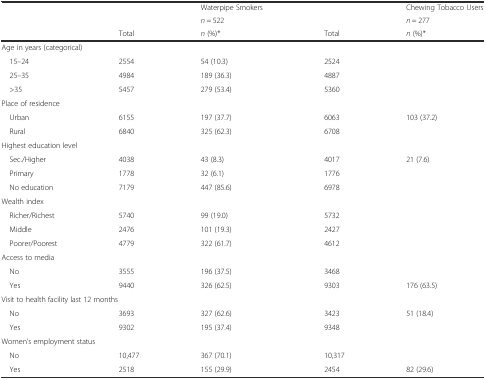
<table><thead><tr><td>[EMPTY_CELL]</td><td>[EMPTY_CELL]</td><td><b>Waterpipe Smokers</b></td><td>[EMPTY_CELL]</td><td><b>Chewing Tobacco Users</b></td></tr><tr><td>[EMPTY_CELL]</td><td>[EMPTY_CELL]</td><td><b><i>n</i> = 522</b></td><td>[EMPTY_CELL]</td><td><b><i>n</i> = 277</b></td></tr><tr><td>[EMPTY_CELL]</td><td><b>Total</b></td><td><b><i>n</i> (%)*</b></td><td><b>Total</b></td><td><b><i>n</i> (%)*</b></td></tr></thead><tbody><tr><td colspan="5">Age in years (categorical)</td></tr><tr><td> 15–24</td><td>2554</td><td>54 (10.3)</td><td>2524</td><td>[EMPTY_CELL]</td></tr><tr><td> 25–35</td><td>4984</td><td>189 (36.3)</td><td>4887</td><td>[EMPTY_CELL]</td></tr><tr><td> &gt;35</td><td>5457</td><td>279 (53.4)</td><td>5360</td><td>[EMPTY_CELL]</td></tr><tr><td colspan="5">Place of residence</td></tr><tr><td> Urban</td><td>6155</td><td>197 (37.7)</td><td>6063</td><td>103 (37.2)</td></tr><tr><td> Rural</td><td>6840</td><td>325 (62.3)</td><td>6708</td><td>[EMPTY_CELL]</td></tr><tr><td colspan="5">Highest education level</td></tr><tr><td> Sec./Higher</td><td>4038</td><td>43 (8.3)</td><td>4017</td><td>21 (7.6)</td></tr><tr><td> Primary</td><td>1778</td><td>32 (6.1)</td><td>1776</td><td>[EMPTY_CELL]</td></tr><tr><td> No education</td><td>7179</td><td>447 (85.6)</td><td>6978</td><td>[EMPTY_CELL]</td></tr><tr><td colspan="5">Wealth index</td></tr><tr><td> Richer/Richest</td><td>5740</td><td>99 (19.0)</td><td>5732</td><td>[EMPTY_CELL]</td></tr><tr><td> Middle</td><td>2476</td><td>101 (19.3)</td><td>2427</td><td>[EMPTY_CELL]</td></tr><tr><td> Poorer/Poorest</td><td>4779</td><td>322 (61.7)</td><td>4612</td><td>[EMPTY_CELL]</td></tr><tr><td colspan="5">Access to media</td></tr><tr><td> No</td><td>3555</td><td>196 (37.5)</td><td>3468</td><td>[EMPTY_CELL]</td></tr><tr><td> Yes</td><td>9440</td><td>326 (62.5)</td><td>9303</td><td>176 (63.5)</td></tr><tr><td colspan="5">Visit to health facility last 12 months</td></tr><tr><td> No</td><td>3693</td><td>327 (62.6)</td><td>3423</td><td>51 (18.4)</td></tr><tr><td> Yes</td><td>9302</td><td>195 (37.4)</td><td>9348</td><td>[EMPTY_CELL]</td></tr><tr><td colspan="5">Women’s employment status</td></tr><tr><td> No</td><td>10,477</td><td>367 (70.1)</td><td>10,317</td><td>[EMPTY_CELL]</td></tr><tr><td> Yes</td><td>2518</td><td>155 (29.9)</td><td>2454</td><td>82 (29.6)</td></tr></tbody></table>